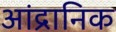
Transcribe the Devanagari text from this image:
आंद्रानिक